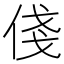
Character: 俴